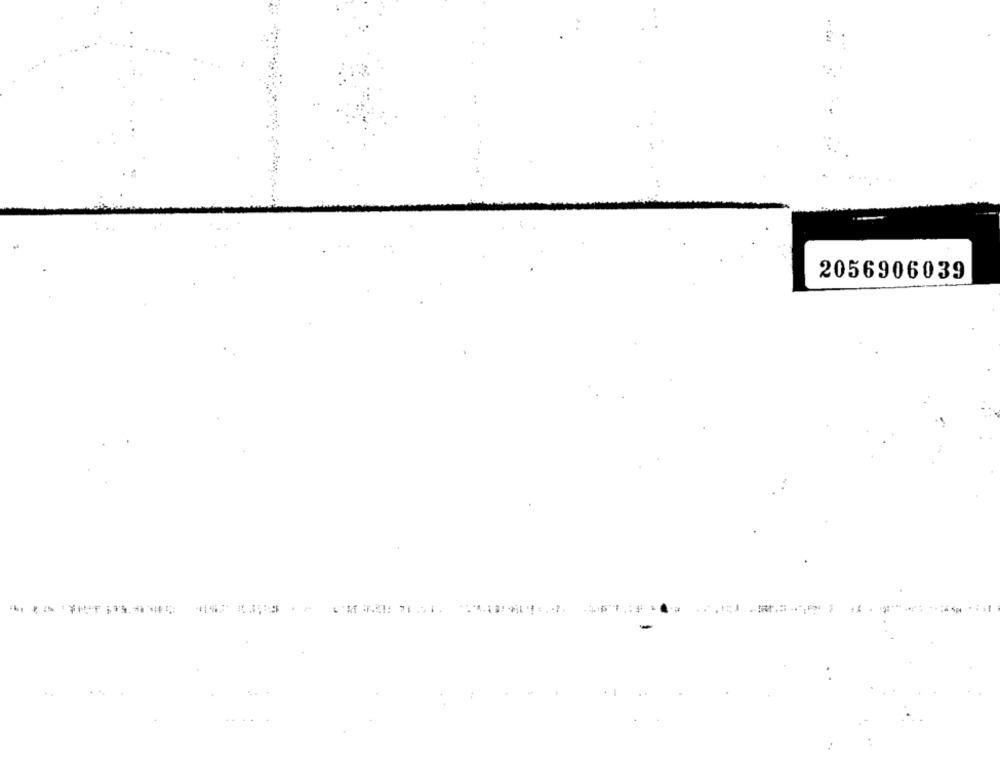
2056906039